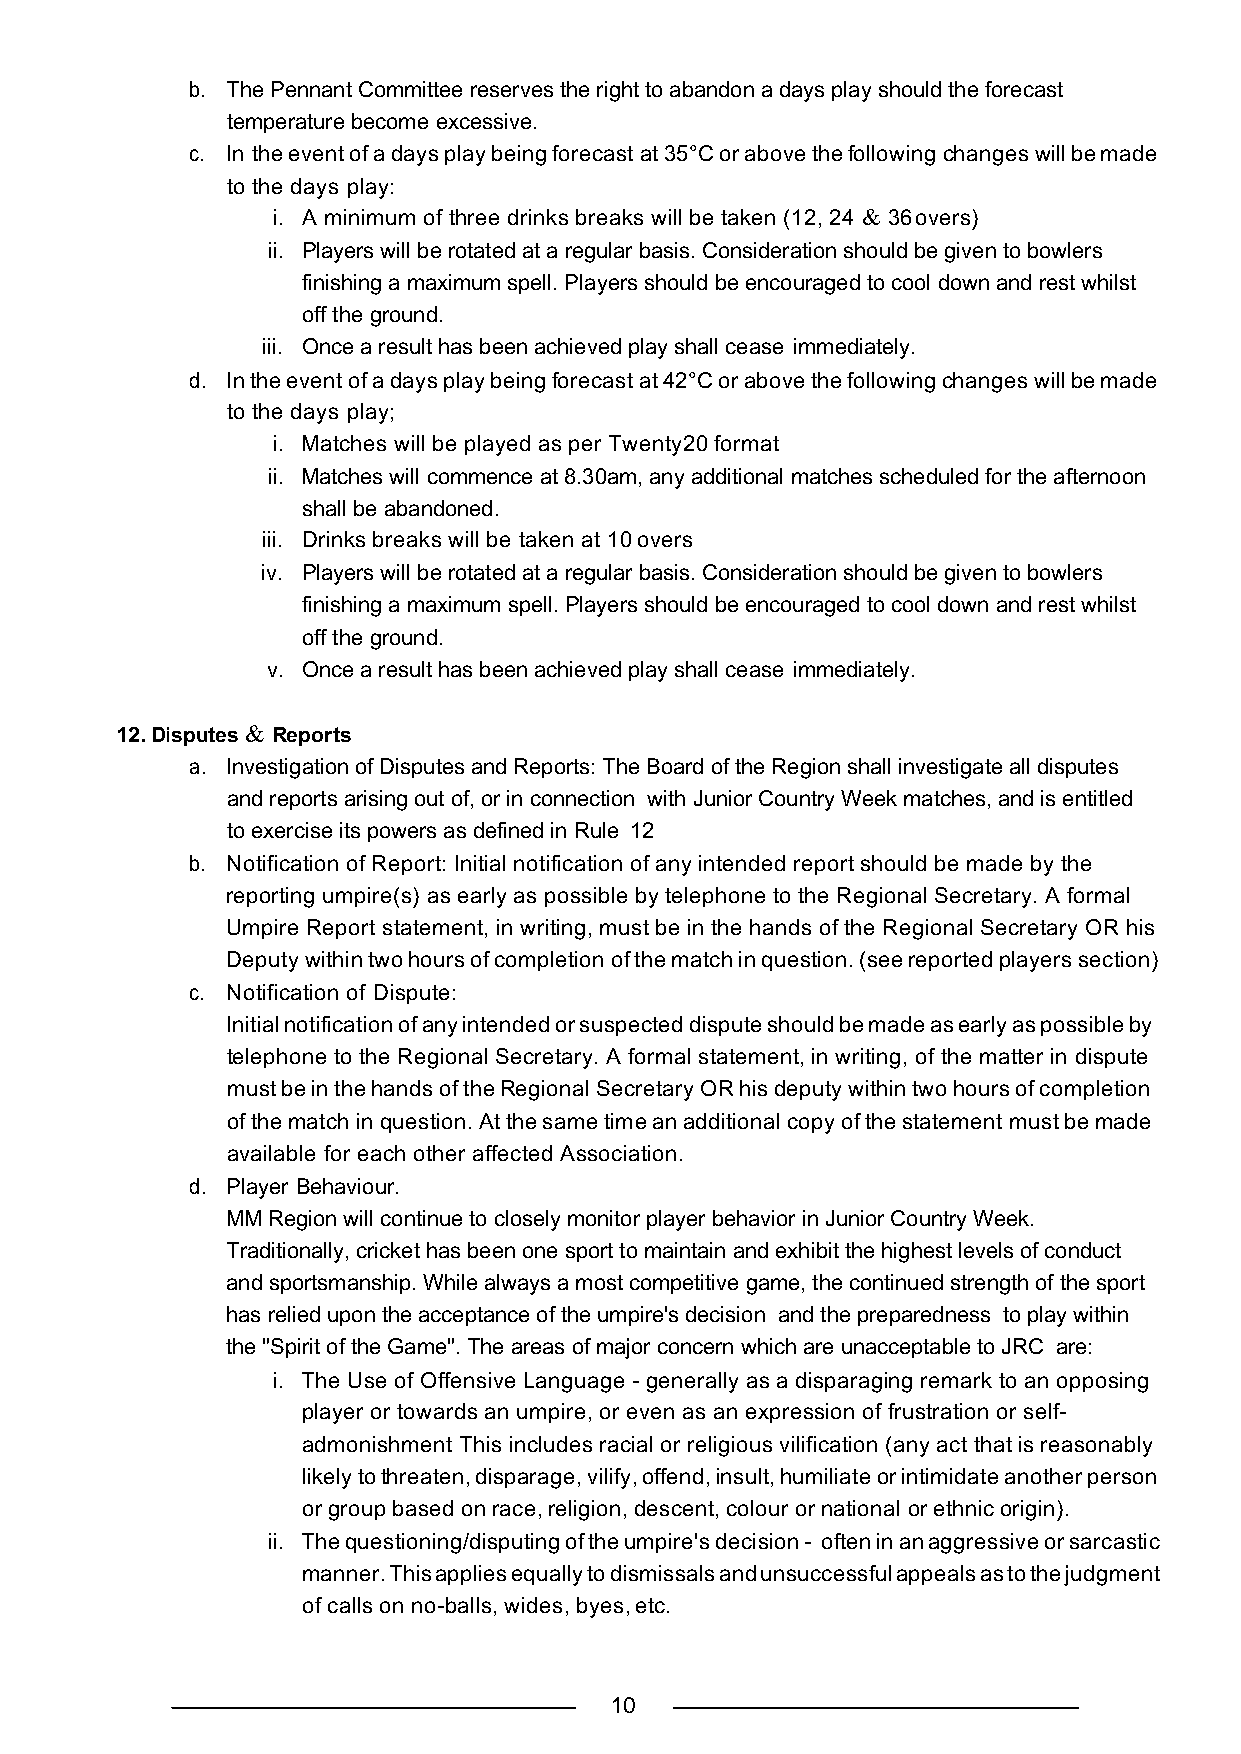
b. The Pennant Committee reserves the right to abandon a days play should the forecast
 temperature become excessive.
 c. In the event of a days play being forecast at 35°C or above the following changes will be made
 to the days play:
 i. A minimum of three drinks breaks will be taken (12, 24 & 36 overs)
 ii. Players will be rotated at a regular basis. Consideration should be given to bowlers
 finishing a maximum spell. Players should be encouraged to cool down and rest whilst
 off the ground.
 iii. Once a result has been achieved play shall cease immediately.
 d. In the event of a days play being forecast at 42°C or above the following changes will be made
 to the days play;
 i. Matches will be played as per Twenty20 format
 ii. Matches will commence at 8.30am, any additional matches scheduled for the afternoon
 shall be abandoned.
 iii. Drinks breaks will be taken at 10 overs
 iv. Players will be rotated at a regular basis. Consideration should be given to bowlers
 finishing a maximum spell. Players should be encouraged to cool down and rest whilst
 off the ground.
 v. Once a result has been achieved play shall cease immediately.
 12. Disputes & Reports
 a. Investigation of Disputes and Reports: The Board of the Region shall investigate all disputes
 and reports arising out of, or in connection with Junior Country Week matches, and is entitled
 to exercise its powers as defined in Rule 12
 b. Notification of Report: Initial notification of any intended report should be made by the
 reporting umpire(s) as early as possible by telephone to the Regional Secretary. A formal
 Umpire Report statement, in writing, must be in the hands of the Regional Secretary OR his
 Deputy within two hours of completion of the match in question. (see reported players section)
 c. Notification of Dispute:
 Initial notification of any intended or suspected dispute should be made as early as possible by
 telephone to the Regional Secretary. A formal statement, in writing, of the matter in dispute
 must be in the hands of the Regional Secretary OR his deputy within two hours of completion
 of the match in question. At the same time an additional copy of the statement must be made
 available for each other affected Association.
 d. Player Behaviour.
 MM Region will continue to closely monitor player behavior in Junior Country Week.
 Traditionally, cricket has been one sport to maintain and exhibit the highest levels of conduct
 and sportsmanship. While always a most competitive game, the continued strength of the sport
 has relied upon the acceptance of the umpire's decision and the preparedness to play within
 the "Spirit of the Game". The areas of major concern which are unacceptable to JRC are:
 i. The Use of Offensive Language - generally as a disparaging remark to an opposing
 player or towards an umpire, or even as an expression of frustration or self-
 admonishment This includes racial or religious vilification (any act that is reasonably
 likely to threaten, disparage, vilify, offend, insult, humiliate or intimidate another person
 or group based on race, religion, descent, colour or national or ethnic origin).
 ii. The questioning/disputing of the umpire's decision - often in an aggressive or sarcastic
 manner. This applies equally to dismissals and unsuccessful appeals as to the judgment
 of calls on no-balls, wides, byes, etc.
 10